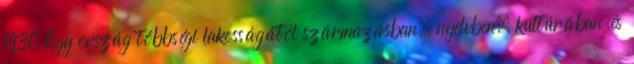
1930 Egy ország többségi lakosságától származásban, nyelvben, kultúrában és